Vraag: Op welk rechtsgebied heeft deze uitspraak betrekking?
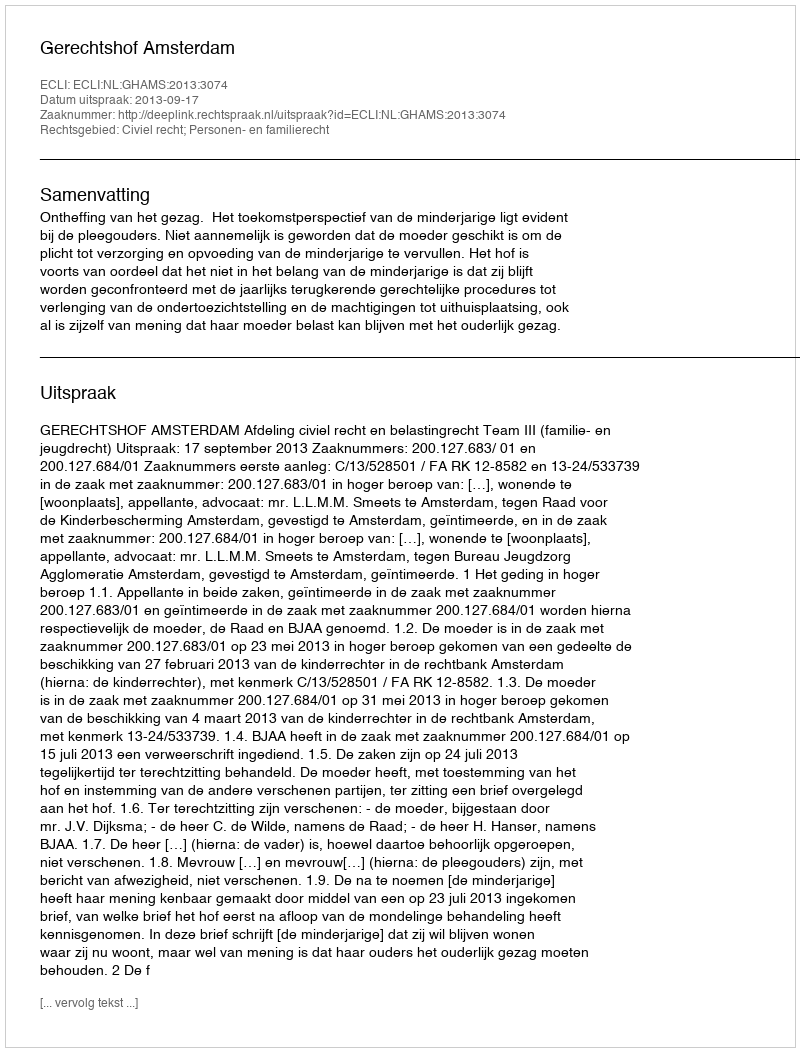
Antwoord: Civiel recht; Personen- en familierecht